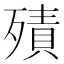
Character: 㱴